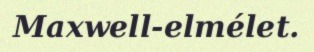
Maxwell-elmélet.